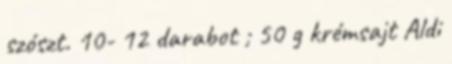
szószt. 10- 12 darabot ; 50 g krémsajt Aldi